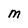
Character: M